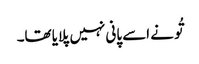
تُو نے اسے پانی نہیں پلایا تھا۔